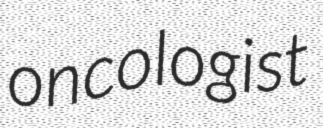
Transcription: oncologist